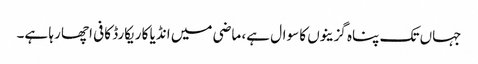
جہاں تک پناہ گزینوں کا سوال ہے، ماضی میں انڈیا کا ریکارڈ کافی اچھا رہا ہے۔